[Report on the health of British troops in the Madras command]
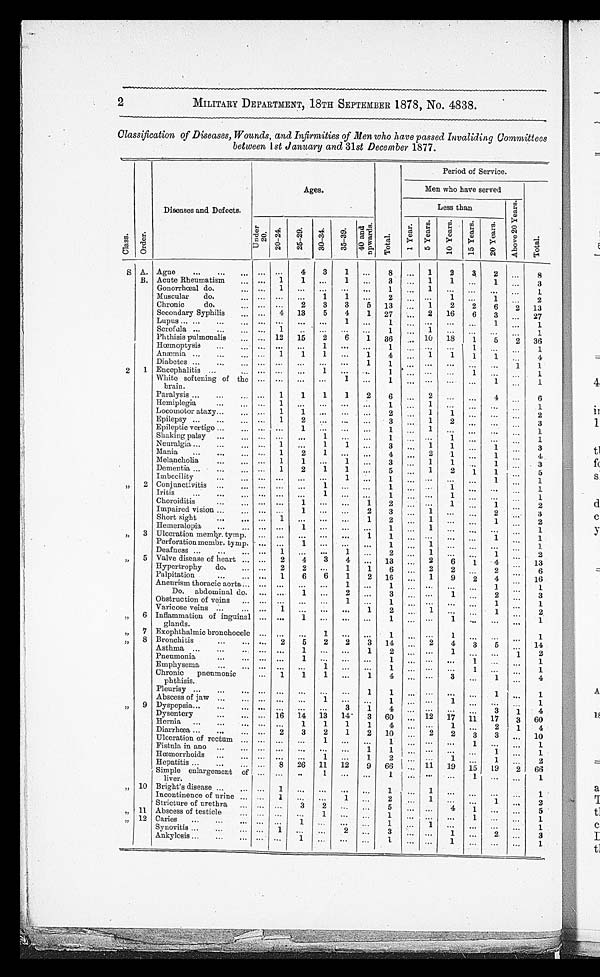
2
MILITARY DEPARTMENT, 18TH SEPTEMBER 1878, No. 4838.
Classification of Diseases, Wounds, and Infirmities of Men who have passed Invaliding Committees
between 1st January and 31st December 1877.
C l a s s .
O r d e r .
Di seases and Defect s.
A g e s .
Pe r i od of Se r vi c e .
Men who have served
A b o v e 2 0 Y e a r s .
T o t a l .
L e s s t h a n
U n d e r 2 0 .
2 0 - 2 4 .
2 5 - 2 9 .
3 0 - 3 4 .
3 5 - 3 9 .
4 0 a n d u p w a r d s .
T o t a l .
1 Y e a r .
5 Y e a r s .
1 0 Y e a r s .
1 5 Y e a r s .
2 0 Y e a r s .
S
A .
A g u e
. . .
. . .
4
3
1
. . .
8
. . .
1
2
3
2
. . .
8
B .
A c u t e R h e u m a t i s m
. . .
1
1
. . .
1
. . .
3
. . .
1
1
. . .
1
. . .
3
G o n o r r h œ a l d o .
. . .
1 . . .
. . .
. . . . . .
1 . . .
1 . . .
. . .
. . .
. . .
1
M u s c u l a r d o .
. . .
. . .
. . .
1
1
. . .
2
. . .
. . .
1
. . .
1
. . .
2
Ch r o n i c d o .
. . .
. . .
2
3
3
5
1 3
. . .
1
2
2
6
2
1 3
Secondary Syphilis
. . .
4
1 3
5
4
1
2 7
. . .
2
1 6
6
3
. . .
2 7
Lupus
. . .
. . .
. . .
. . .
1
. . .
1
. . .
. . .
. . .
. . .
1
. . .
1
Scrofula
. . .
1
. . .
. . .
. . .
. . .
1
. . .
1
. . .
. . .
. . .
. . .
1
Phthisis pulmonalis
. . .
1 2
1 5
2
6
1
3 6
. . .
1 0
1 8
1
5
2
3 6
Hœmoptysi s
. . .
. . .
. . .
1
. . .
. . .
1
. . .
. . .
. . .
1
. . .
. . .
1
A n æ m i a
. . .
1
1
1
. . .
1
4 . . .
1
1
1
1
. . .
4
Di a b e t e s
. . .
. . . . . .
. . .
. . .
1
1
. . .
. . .
. . .
. . .
. . .
1
1
2
1 Encephalitis
. . . . . .
. . . 1
. . .
. . .
1
. . .
. . .
. . .
1
. . .
. . .
1
Whi te softeni ng of the brai n.
. . .
. . .
. . .
. . .
1
. . .
1
. . .
. . . . . .
. . .
1 . . .
1
Paralysis
. . .
1
1
1
1
2
6
. . .
2
. . .
. . .
4
. . .
6
H e m i p l e g i a
. . .
1
. . .
. . .
. . .
. . .
1
. . .
1
. . .
. . .
. . .
. . .
1
Locomotor ataxty
. . .
1
1
. . .
. . .
. . .
2
. . .
1
1
. . .
. . .
. . .
2
Epilepsy
. . .
1
2
. . .
. . .
. . .
3
. . .
1
2 . . .
. . .
. . .
3
E p i l e p t i c v e r t i g o
. . .
. . . 1
. . .
. . .
. . .
1 . . .
1 . . .
. . . . . .
. . .
1
S h a k i n g p a l s y
. . .
. . . . . .
1 . . .
. . .
1
. . .
. . .
1 . . .
. . .
. . .
1
Neuralgia
. . .
1
. . .
1
1
. . .
3
. . .
1
1
. . .
1
. . .
3
Mania
. . .
1
2
1
. . .
. . .
4
. . .
2
1
. . .
1
. . .
4
M e l a n c h o l i a
. . .
1
1
. . .
1
. . .
3
. . .
1
1 . . .
1 . . .
3
D e m e n t i a
. . .
1
2
1
1
. . .
5
. . .
1
2
1
1
. . .
5
I m b e c i l i t y
. . .
. . .
. . .
. . .
1
. . .
1
. . .
. . .
. . .
. . .
1 . . .
1
"
2 Conjunctivitis.
. . .
. . .
. . .
1
. . .
. . .
1
. . .
. . .
1
. . .
. . .
. . .
1
Iritis
. . .
. . .
. . .
1 . . .
. . .
1
. . .
. . .
1
. . .
. . .
. . .
1
C h o r o i d i t i s
. . .
. . .
1
. . .
. . .
1
2
. . .
. . .
1
. . .
1 . . .
2
Impaired vision
. . .
. . .
1
. . .
. . .
2
3
. . .
1
. . .
. . .
2
. . .
3
Short sight
. . .
1
. . . . . .
. . .
1
2
. . .
1
. . .
. . .
1 . . .
2
Hemeralopia
. . .
. . .
1
. . .
. . .
. . .
1
. . .
1
. . .
. . .
. . .
. . .
1
"
3 Ulceration membr. tymp.
. . .
. . .
. . .
. . .
. . .
1
1
. . .
. . .
. . .
. . .
1
. . .
1
Perforation membr. tymp.
. . .
. . .
1
. . .
. . .
. . .
1
. . .
1
. . .
. . .
. . .
. . .
1
Deafness
. . .
1
. . .
. . .
1 . . .
2
. . .
1
. . .
. . .
1
. . .
2
"
5 Valve disease of heart
. . . 2
4
3
4
. . .
1 3
. . .
2
6
1
4
. . .
1 3
Hypert rophy do.
. . .
2
2
. . .
1
1
6
. . .
2
2
. . .
2
. . .
6
Palpitation
. . . 1
6
6
1
2
1 6
. . .
1
9
2
4 . . .
1 6
A n e u r i s m t h o r a c i c a o r t a
. . .
. . .
. . .
. . .
1
. . .
1
. . .
. . .
. . .
. . .
1 . . .
1
Do. abdomi nal do.
. . .
. . .
1
. . .
2
. . .
3
. . .
. . .
1
. . .
2
. . .
3
Obstruction of veins
. . .
. . .
. . .
. . .
1
. . .
1
. . .
. . .
. . .
. . .
1
. . .
1
Varicose veins
. . . 1
. . .
. . .
. . .
1
2
. . .
1
. . .
. . .
1 . . .
2
"
6 Infl ammat i on of i ngui nal gl ands.
. . .
. . .
1
. . .
. . .
. . .
1
. . .
. . .
1
. . .
. . .
. . .
1
"
7 Exopht hal mi c bronchocel e
. . . . . .
. . . 1
. . .
. . .
1 . . .
. . .
1 . . .
. . .
. . .
1
"
8 Bronchitis
. . . 2
5
2
2
3
1 4
. . .
2
4 3
5
. . .
1 4
Asthma
. . .
. . .
1
. . .
. . .
1
2
. . .
. . .
1
. . . . . .
1
2
Pneumonia
. . . . . .
1
. . .
. . .
. . .
1
. . .
. . .
. . .
1
. . .
. . .
1
Emphysema
. . .
. . . . . .
1
. . .
. . .
1
. . .
. . .
. . . 1
. . .
. . .
1
Chr oni c pneumoni c pht hi si s.
. . . 1
1
1
. . .
1
4
. . .
. . .
3
. . .
1
. . .
4
Pleurisy
. . .
. . .
. . .
. . .
. . .
1
1
. . .
. . .
. . .
. . .
1
. . .
1
Abscess of jaw
. . . . . .
. . .
1
. . .
. . .
1
. . .
. . .
1
. . .
. . .
. . .
1
"
9
Dyspepsia
. . . . . .
. . .
. . .
3 1
4
. . .
. . .
. . .
. . .
3
1 .
4
Dysentery
. . .
1 6
1 4
1 3
1 4 3
6 0
. . .
1 2
1 7
1 1
1 7
3
6 0
Hernia
. . .
. . .
1
1
1
1
4
. . .
. . .
1 . . .
2
1
4
Diarrhœa
. . .
2
3
2
1
2
1 0
. . . 2
2
3
3
. . .
1 0
Ulceration of rectum
. . . . . .
. . .
1
. . .
. . .
1
. . .
. . .
. . . 1
. . .
. . .
1
Fistula in ano
. . .
. . .
. . .
. . .
. . . 1
1
. . .
. . .
. . . . . .
1 . . .
1
Hœmorrhoids
. . .
. . .
. . .
1
. . .
1
2
. . .
. . .
1 . . .
1
. . .
2
Hepatitis
. . .
8
2 6
1 1
1 2 9
6 6
. . .
1 1
1 9 1 5
1 9
2 .
6 6
Si mpl e enl ar gement of l i ver .
. . .
. . .
. . .
1
. . .
. . .
1
. . .
. . .
. . .
1
. . .
2
1
"
1 0
Bright's disease
. . .
1
. . .
. . .
. . .
. . .
1 . . . 1
. . .
. . .
. . .
. . .
1
Incontinenece of urine
. . . 1
. . .
. . .
1 . . .
2 . . .
1
. . .
. . .
1
. . .
2
Stricture of urethra
. . .
. . .
3
2
. . .
. . .
5
. . .
. . .
4 1
. . .
. . .
5
"
1 1
Abs c e s s of t e s t i c l e
. . .
. . .
. . .
1
. . .
. . .
1 . . .
. . .
. . .
1
. . .
. . .
1
"
1 2
Caries
. . .
. . .
1
. . .
. . .
. . .
1 . . .
1
. . .
. . .
. . .
. . .
1
Synovitis
. . . 1
. . .
. . .
2
. . .
3 . . .
. . .
1 . . .
2
. . .
3
Ankylosis
. . .
. . .
1
. . .
. . .
. . .
1
. . .
. . .
1
. . .
. . .
. . .
1